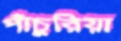
পাঁচুরিয়া